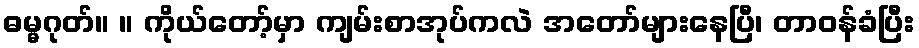
ဓမ္မဂုတ်။ ။ ကိုယ်တော့်မှာ ကျမ်းစာအုပ်ကလဲ အတော်များနေပြီ၊ တာဝန်ခံပြီး